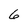
Character: 6